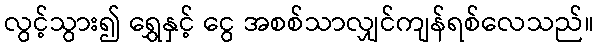
လွင့်သွား၍ ရွှေနှင့် ငွေ အစစ်သာလျှင်ကျန်ရစ်လေသည်။